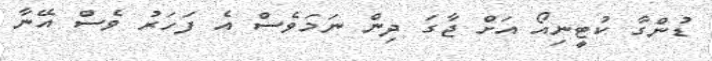
ޑުންގާ ކުޓީނިއޯ އަށް ޖާގަ ދިން ނަމަވެސް އެ ފަހަރު ވެސް އޭނާ